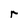
Character: r